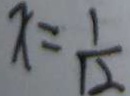
x = \frac { 1 } { 1 2 }